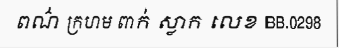
ពណ៌ ក្រហម ពាក់ ស្លាក លេខ BB.0298